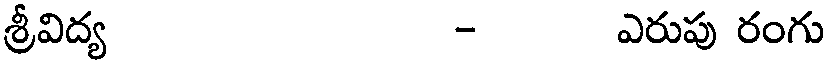
శ్రీవిద్య - ఎరుపు రంగు